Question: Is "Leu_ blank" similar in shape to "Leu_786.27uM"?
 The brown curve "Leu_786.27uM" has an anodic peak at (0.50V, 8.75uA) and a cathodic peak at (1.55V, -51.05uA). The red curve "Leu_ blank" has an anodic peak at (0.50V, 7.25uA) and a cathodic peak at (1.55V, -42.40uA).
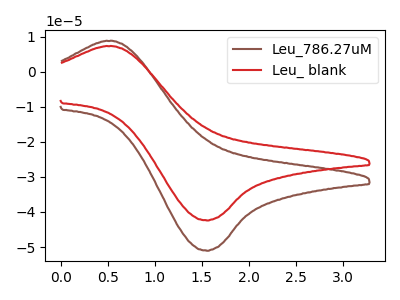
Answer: <think>All the peaks in "Leu_ blank" have a peak in "Leu_786.27uM" at the same potential. Every peak in "Leu_ blank" is lower than every peak in "Leu_786.27uM".
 </think>
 <answer>"Leu_ blank" and "Leu_786.27uM" are similar in shape.</answer>
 <eval>same_shape</eval>